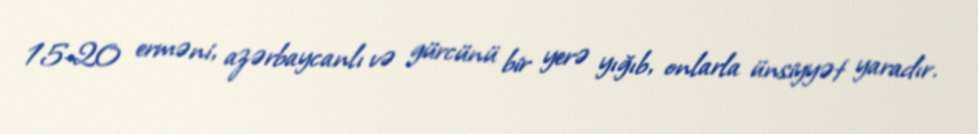
15-20 erməni, azərbaycanlı və gürcünü bir yerə yığıb, onlarla ünsiyyət yaradır.